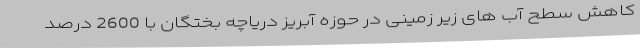
کاهش سطح آب های زیر زمینی در حوزه آبریز دریاچه بختگان با 2600 درصد